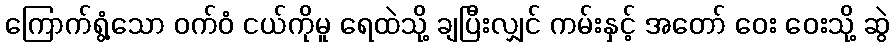
ကြောက်ရွံ့သော ဝက်ဝံ ငယ်ကိုမူ ရေထဲသို့ ချပြီးလျှင် ကမ်းနှင့် အတော် ဝေး ဝေးသို့ ဆွဲ